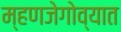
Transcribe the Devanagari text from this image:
म्हणजेगोव्यात